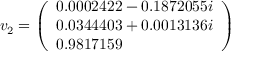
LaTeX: v _ { 2 } = { \left( \begin{array} { l } { 0 . 0 0 0 2 4 2 2 - 0 . 1 8 7 2 0 5 5 i } \\ { 0 . 0 3 4 4 4 0 3 + 0 . 0 0 1 3 1 3 6 i } \\ { 0 . 9 8 1 7 1 5 9 } \end{array} \right) }